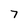
Character: 7